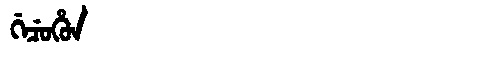
Manchu: ᡤᡝᠴᡠᡥᡠᠨ
Romanization: GECUHUN